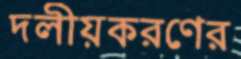
দলীয়করণের